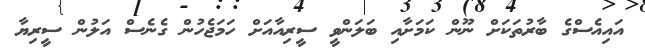
އައިއެސްގެ ބާރުތަކަށް ނޫން ކަމަށާއި ބަލަންވީ ސީރިއާއަށް ހަމަޖެހުން ގެނެސް އަލުން ސީރިޔާ